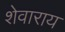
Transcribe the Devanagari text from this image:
शेवाराय